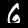
Digit: 6